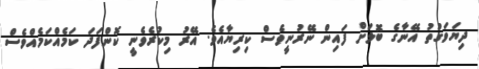
ދިޔަވަގުތު އޭނާގެ ބޮލަށް ފައިން ނޭރުނީވެސް ކިރިޔާއެވެ. އޭރު މިކުރެވެނީ ކޮންފަދަ ކަމެއްކަމެއްވެސް